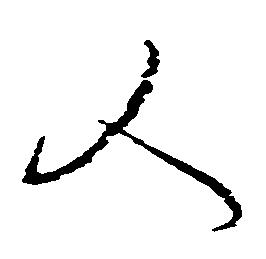
又